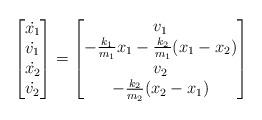
LaTeX: \begin{gather*} \begin{bmatrix}\dot{x_1} \\ \dot{v_1} \\ \dot{x_2} \\ \dot{v_2}\end{bmatrix} = \begin{bmatrix} v_1 \\ -\frac{k_1}{m_1}x_1 - \frac{k_2}{m_1}(x_1-x_2) \\v_2 \\ -\frac{k_2}{m_2}(x_2-x_1)\end{bmatrix} \end{gather*}